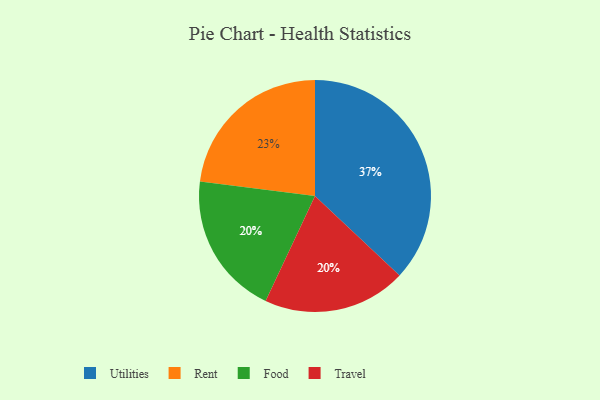
{"axis": {"x": "Category", "y": "Percentage"}, "legend": ["Food", "Rent", "Travel", "Utilities"], "data": [{"x": "Food", "y": 20, "type": "Food"}, {"x": "Rent", "y": 23, "type": "Rent"}, {"x": "Utilities", "y": 37, "type": "Utilities"}, {"x": "Travel", "y": 20, "type": "Travel"}]}